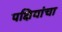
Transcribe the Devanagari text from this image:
पक्षियांचा